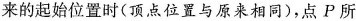
来的起始位置时(顶点位置与原来相同)，点P所